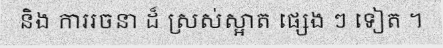
និង ការរចនា ដ៏ ស្រស់ស្អាត ផ្សេង ៗ ទៀត ។